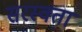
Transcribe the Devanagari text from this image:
सरस्वता